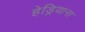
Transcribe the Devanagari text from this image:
हेड्रियाना